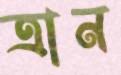
ত্রান